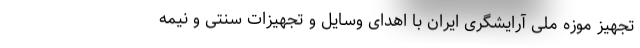
تجهیز موزه ملی آرایشگری ایران با اهدای وسایل و تجهیزات سنتی و نیمه